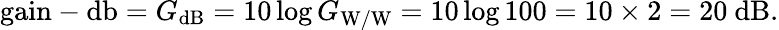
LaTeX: {\mathrm{gain-db}}=G_{\mathrm{dB}}=10\log G_{\mathrm{W/W}}=10\log 100=10\times 2=20~{\mathrm{dB}}.